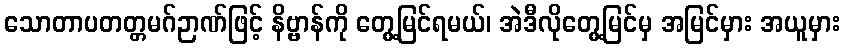
သောတာပတတ္တမဂ်ဉာဏ်ဖြင့် နိဗ္ဗာန်ကို တွေ့မြင်ရမယ်၊ အဲဒီလိုတွေ့မြင်မှ အမြင်မှား အယူမှား